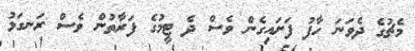
މެޗުގެ ދެވަަނަ ހާފު ފަށައިގެން ވެސް ދެ ޓީމުގެ ފަރާތުން ވެސް ރަނގަޅު